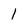
Character: 1